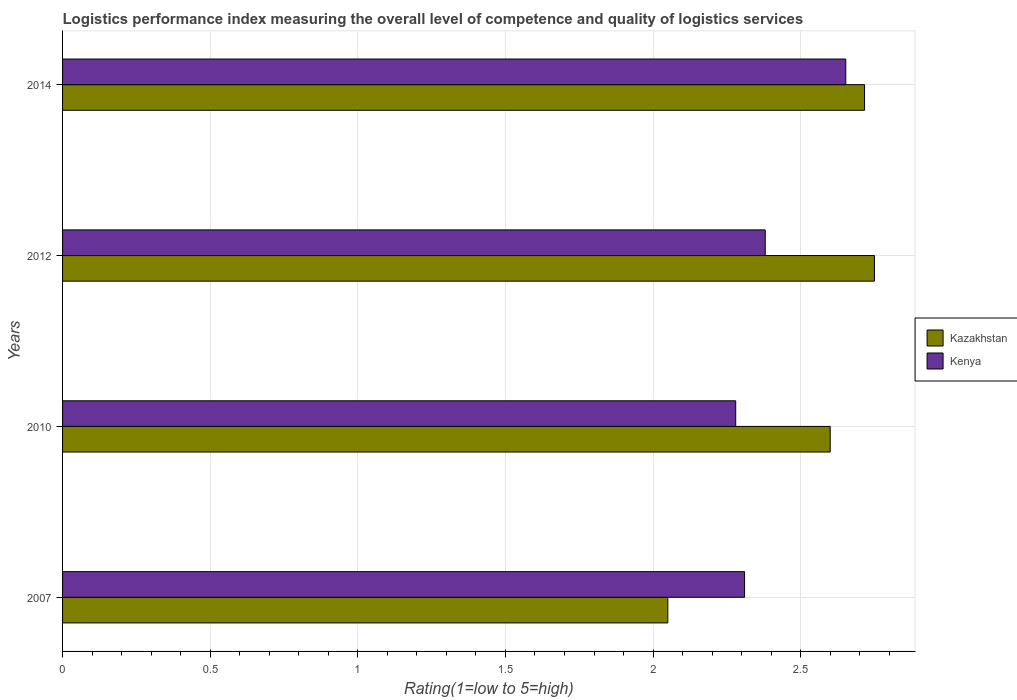
| Years | Kazakhstan | Kenya |
 | --- | --- | --- |
 | 2007 | 2.05 | 2.31 |
 | 2010 | 2.6 | 2.28 |
 | 2012 | 2.75 | 2.38 |
 | 2014 | 2.72 | 2.65 |